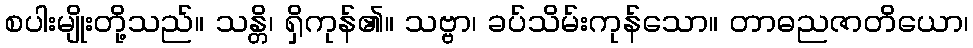
စပါးမျိုးတို့သည်။ သန္တိ၊ ရှိကုန်၏။ သဗ္ဗာ၊ ခပ်သိမ်းကုန်သော။ တာဓညဇာတိယော၊